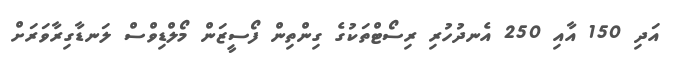
އަދި 150 އާއި 250 އެނދުހުރި ރިސޯޓްތަކުގެ ގިންތިން ފޯސީޒަން މޯލްޑިވްސް ލަނޑާގިރާވަރަށް